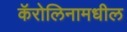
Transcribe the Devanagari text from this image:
कॅरोलिनामधील